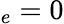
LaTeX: _e=0